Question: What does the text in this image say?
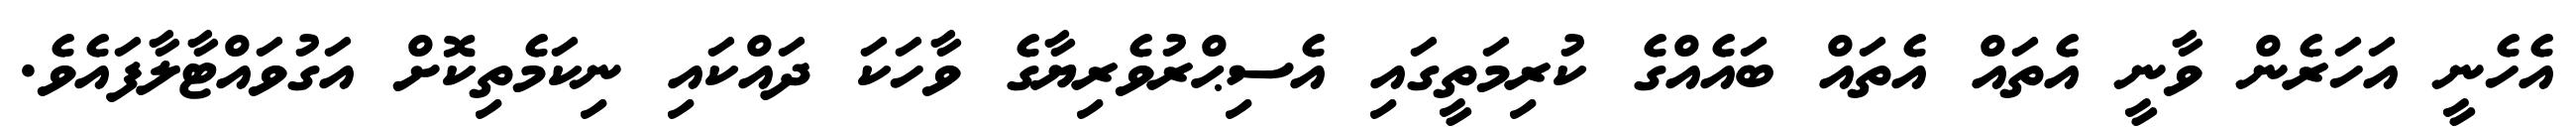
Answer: އެހެނީ އަހަރެން ވާނީ އެތައް އެތައް ބައެއްގެ ކުރިމަތީގައި އެސިޙްރުވެރިޔާގެ ވާހަކަ ދައްކައި ނިކަމެތިކޮށް އަގުވައްޓާލާފައެވެ.